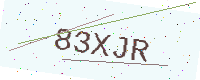
Text: 83XJR